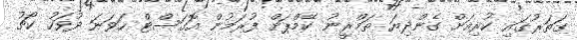
ގަތަރުގައި ކުރިއަށް ގެންދިޔަ ތަމްރީނު ކޭމްޕަށް ފުރަމުން އޮގަސްޓް ހަވަނަ ދުވަހު ކޯޗު